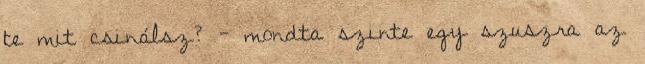
te mit csinálsz? - mondta szinte egy szuszra az